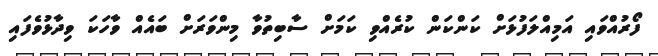
ފޯރުއްވައި އަމިއްލަފުޅަށް ކަންކަން ކުރެއްވި ކަމަށް ސާބިތުވާ މިންވަރަށް ބައެއް ވާހަކަ ވިދާޅުވެފައި